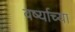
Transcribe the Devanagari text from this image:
वर्ष्याच्या